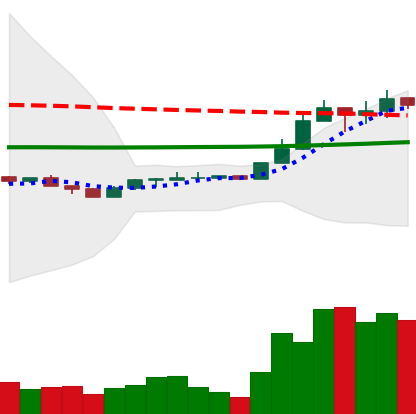
Ticker: LINK-USD
Chart end date: 2020-04-13
Forward return: 12.275%
Label: up_7plus